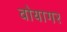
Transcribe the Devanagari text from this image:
वोयागर